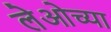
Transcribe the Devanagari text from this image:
लेओच्या